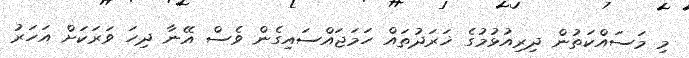
މި މަސައްކަތުން ދިރިއުޅުމުގެ ޚަރަދުތައް ހަމަޖައްސައިގެން ވެސް އޭނާ ދިހަ ވަރަކަށް އަހަރު